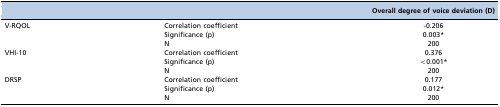
|  |  | Overall degree of voice deviation (D) |
 | --- | --- | --- |
 | <ROWSPAN=3> V-RQOL | Correlation coefficient | -0.206 |
 | Significance (p) | 0.003* |
 | N | 200 |
 | <ROWSPAN=3> VHI-10 | Correlation coefficient | 0.376 |
 | Significance (p) | <0.001* |
 | N | 200 |
 | <ROWSPAN=3> DRSP | Correlation coefficient | 0.177 |
 | Significance (p) | 0.012* |
 | N | 200 |